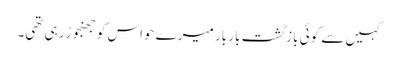
کہیں سے کوئی بازگشت بار بار میرے حواس کو جھنجوڑ رہی تھی۔